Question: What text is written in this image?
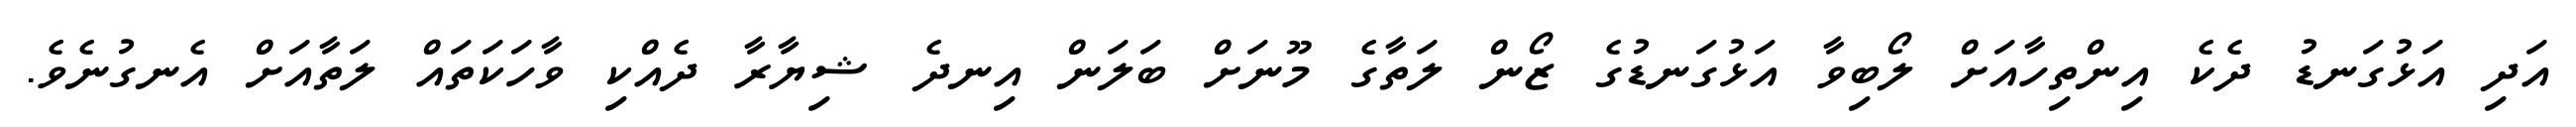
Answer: އަދި އަޅުގަނޑު ދެކެ އިންތިހާއަށް ލޯބިވާ އަޅުގަނޑުގެ ޒޯން ލަތާގެ މޫނަށް ބަލަން އިނދެ ޝިޔާރާ ދެއްކި ވާހަކަތައް ލަތާއަށް އެނގުނެވެ.